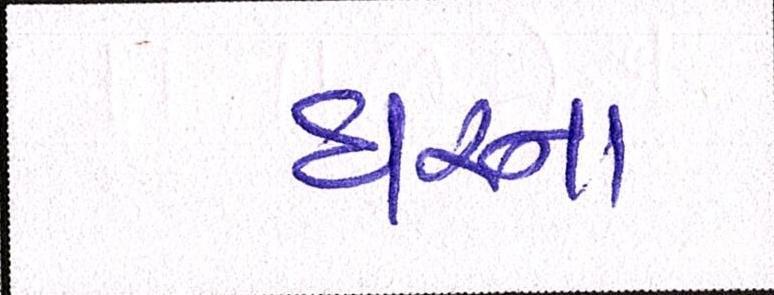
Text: ઘરના